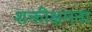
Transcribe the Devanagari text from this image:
शक्तीक्षमता